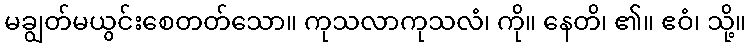
မချွတ်မယွင်းစေတတ်သော။ ကုသလာကုသလံ၊ ကို။ နေတိ၊ ၏။ ဧဝံ၊ သို့။